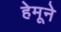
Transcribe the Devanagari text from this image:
हेमूने